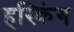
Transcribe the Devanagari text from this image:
हस्किंग